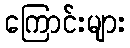
ကြောင်းများ